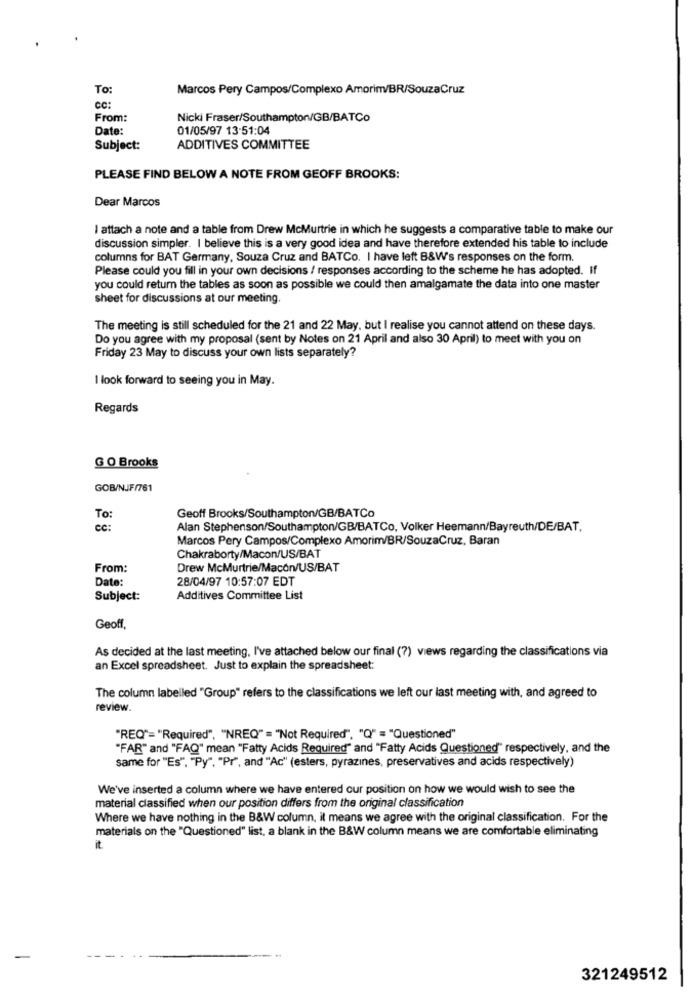
To:
Marcos Pery Campos/Complexo Amorim/BR/SouzaCruz
cc:
From:
Nicki Fraser/Southampton/GB/BATCo
Date:
01/05/97 13-51:04
Subject:
ADDITIVES COMMITTEE
PLEASE FIND BELOW A NOTE FROM GEOFF BROOKS:
Dear Marcos
I attach a note and a table from Drew McMurtrie in which he suggests a comparative table to make our
discussion simpler. I believe this is a very good idea and have therefore extended his table to include
columns for BAT Germany, Souza Cruz and BATCo. I have left B&W's responses on the form.
Please could you fill in your own decisions / responses according to the scheme he has adopted. If
you could return the tables as soon as possible we could then amalgamate the data into one master
sheet for discussions at our meeting.
The meeting is still scheduled for the 21 and 22 May, but I realise you cannot attend on these days.
Do you agree with my proposal (sent by Notes on 21 April and also 30 April) to meet with you on
Friday 23 May to discuss your own lists separately?
I look forward to seeing you in May.
Regards
G O Brooks
GOB/NJJF/761
To:
Geoff Brooks/Southampton/GB/BATCo
cc:
Alan Stephenson/Southampton/GB/BATCo, Volker Heemann/Bayreuth/DE/BAT,
Marcos Pery Campos/Complexo Amorim/BR/SouzaCruz, Baran
Chakraborty/Macon/US/BAT
From:
Drew McMurtrie/Macon/US/BAT
Date:
28/04/97 10:57:07 EDT
Subject:
Additives Committee List
Geoff.
As decided at the last meeting, I've attached below our final (?) views regarding the classifications via
an Excel spreadsheet. Just to explain the spreadsheet:
The column labelled "Group" refers to the classifications we left our last meeting with, and agreed to
review.
"REQ"="Required", "NREQ" = "Not Required", "Q" = "Questioned"
"FAR" and "FAQ" mean "Fatty Acids Required" and "Fatty Acids Questioned" respectively, and the
same for "Es", "Py", "Pr", and "Ac" (esters, pyrazines, preservatives and acids respectively)
We've inserted a column where we have entered cur position on how we would wish to see the
material classified when our position differs from the original classification
Where we have nothing in the B&W column, it means we agree with the original classification. For the
materials on the "Questioned" list, a blank in the B&W column means we are comfortable eliminating
it
321249512